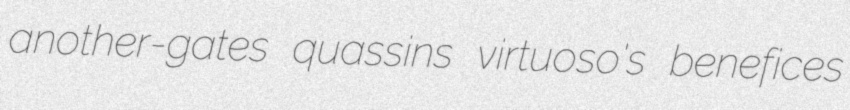
another-gates quassins virtuoso's benefices